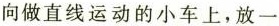
向做直线运动的小车上，放一